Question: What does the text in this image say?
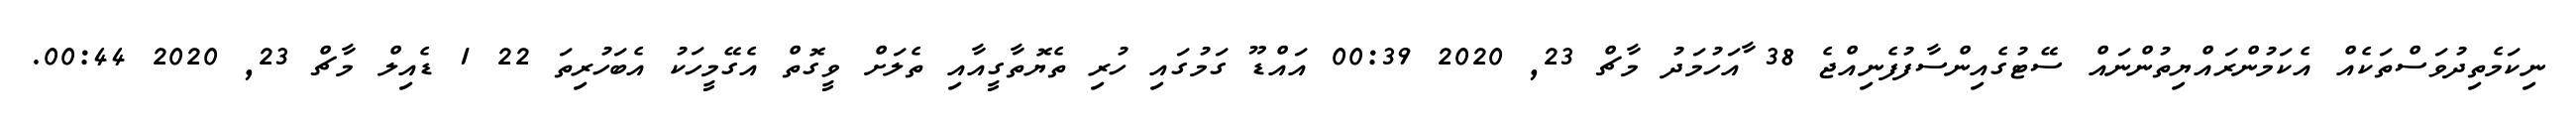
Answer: ނިކަމެތިދުވަސްތަކެއް އެކަމުންރައްޔިތުންނައް ސޭޓުގެއިންސާފުފެނިއްޖެ 38 ާއަހުމަދު މާޗް 23, 2020 00:39 އައްޑޫ ގަމުގައި ހުރި ތެޔޮތާގީއާއި ތެލަށް ވީގޮތް އެގޭމީހަކު އެބަހުރިތަ 22 1 ޑެއިލް މާޗް 23, 2020 00:44.